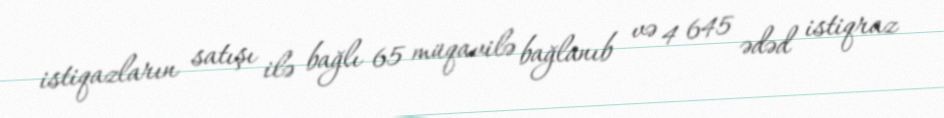
istiqazların satışı ilə bağlı 65 müqavilə bağlanıb və 4 645 ədəd istiqraz